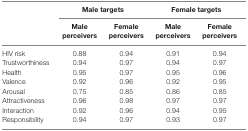
<table><thead><tr><td>[EMPTY_CELL]</td><td colspan="2"><b>Male targets</b></td><td colspan="2"><b>Female targets</b></td></tr><tr><td>[EMPTY_CELL]</td><td><b>Male perceivers</b></td><td><b>Female perceivers</b></td><td><b>Male perceivers</b></td><td><b>Female perceivers</b></td></tr></thead><tbody><tr><td>HIV risk</td><td>0.88</td><td>0.94</td><td>0.91</td><td>0.94</td></tr><tr><td>Trustworthiness</td><td>0.94</td><td>0.97</td><td>0.94</td><td>0.97</td></tr><tr><td>Health</td><td>0.95</td><td>0.97</td><td>0.95</td><td>0.96</td></tr><tr><td>Valence</td><td>0.92</td><td>0.96</td><td>0.92</td><td>0.95</td></tr><tr><td>Arousal</td><td>0.75</td><td>0.85</td><td>0.86</td><td>0.85</td></tr><tr><td>Attractiveness</td><td>0.96</td><td>0.98</td><td>0.97</td><td>0.97</td></tr><tr><td>Interaction</td><td>0.92</td><td>0.96</td><td>0.94</td><td>0.95</td></tr><tr><td>Responsibility</td><td>0.94</td><td>0.97</td><td>0.93</td><td>0.97</td></tr></tbody></table>